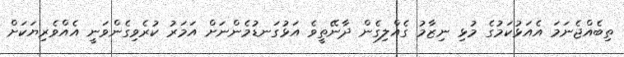
ތިބެއްޖެނަމަ އެއަޅުކަމުގެ މުޅި ނިޒާމު ގެއްލިގެން ދާނޭތީވެ އަޅުގަނޑުމެންނަށް އަމަރު ކުރެވިގެންވަނީ އެއްވެރިޔަކަށް